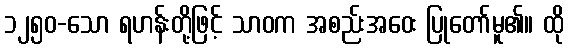
၁၂၅၀-သော ရဟန်းတို့ဖြင့် သာဝက အစည်းအဝေး ပြုတော်မူ၏။ ထို